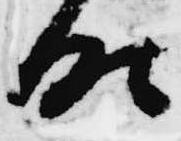
時